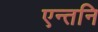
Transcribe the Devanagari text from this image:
एन्तनि